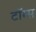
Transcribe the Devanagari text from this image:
टॉग्स